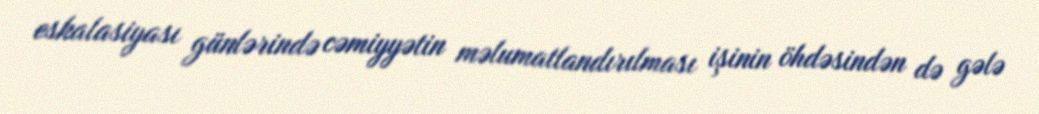
eskalasiyası günlərində cəmiyyətin məlumatlandırılması işinin öhdəsindən də gələ